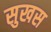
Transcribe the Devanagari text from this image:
सुखस